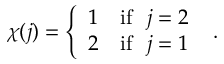
\chi ( j ) = \left\{ \begin{array} { c l } { { 1 } } & { { \mathrm { i f } \ \ j = 2 } } \\ { { 2 } } & { { \mathrm { i f } \ \ j = 1 } } \end{array} \right. \ .